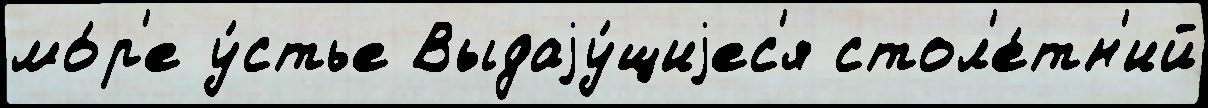
мо́р'е у́стье Выдаjу́щиjес'я стол'е́тн'ий